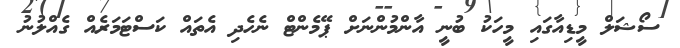
ސޯޝަލް މީޑިއާގައި މީހަކު ބުނީ އާންމުންނަށް ޕޭމެންޓް ނެހެދި އެތައް ކަސްޓަމަރެއް ގެއްލުނު